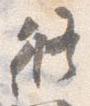
修